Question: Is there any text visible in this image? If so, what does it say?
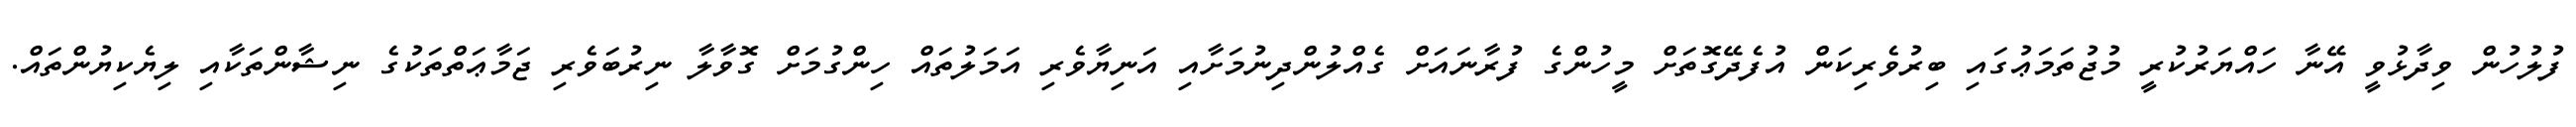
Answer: ފުލުހުން ވިދާޅުވީ އޭނާ ހައްޔަރުކުރީ މުޖުތަމަޢުގައި ބިރުވެރިކަން އުފެދޭގޮތަށް މީހުންގެ ފުރާނައަށް ގެއްލުންދިނުމަށާއި އަނިޔާވެރި އަމަލުތައް ހިންގުމަށް ގޮވާލާ ނިރުބަވެރި ޖަމާޢަތްތަކުގެ ނިޝާންތަކާއި ލިޔެކިޔުންތައް.